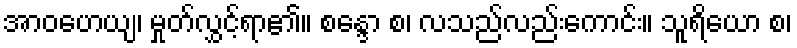
အာဝဟေယျ၊ မှုတ်လွှင့်ရာ၏။ စန္ဒော စ၊ လသည်လည်းကောင်း။ သူရိယော စ၊